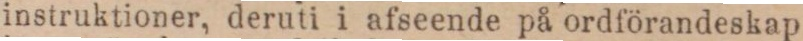
instruktioner, deruti i afseende på ordförandeskap